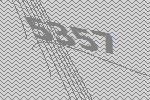
5357